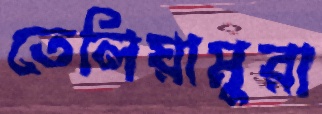
তেলিয়ামুরা